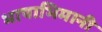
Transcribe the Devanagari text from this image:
भाषाभिमानी